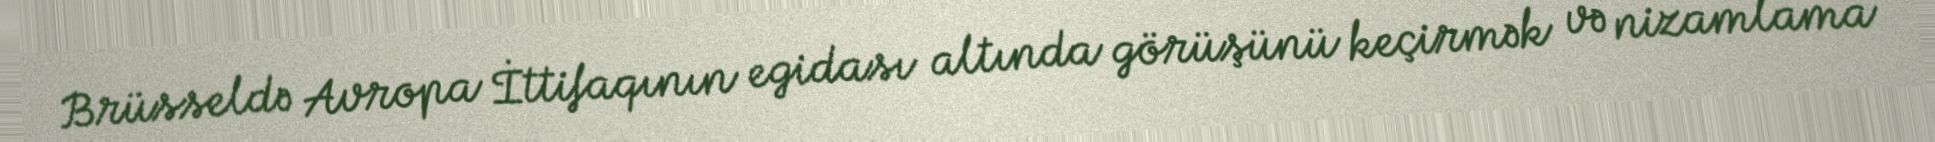
Brüsseldə Avropa İttifaqının egidası altında görüşünü keçirmək və nizamlama